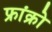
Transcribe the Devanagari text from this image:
फ्रांक्रो